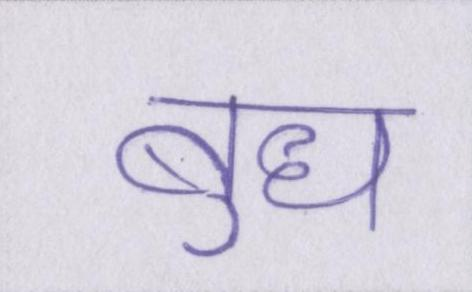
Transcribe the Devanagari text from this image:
बुध